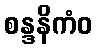
စန္ဒနိကံဝ